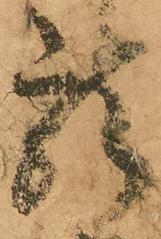
龍